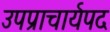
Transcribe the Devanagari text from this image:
उपप्राचार्यपद